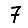
Digit: 7